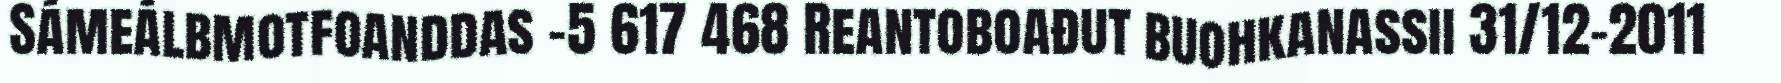
Sámeálbmotfoanddas -5 617 468 Reantoboađut buohkanassii 31/12-2011